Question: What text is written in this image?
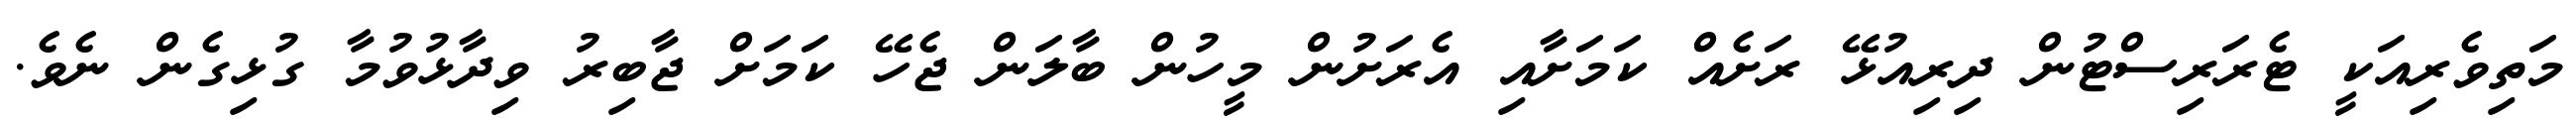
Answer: މަތިވެރިއަކީ ޓެރަރިސްޓުން ދިރިއުޅޭ ރަށެއް ކަމަށާއި އެރަށުން މީހުން ބާލަން ޖެހޭ ކަމަށް ޖާބިރު ވިދާޅުވުމާ ގުޅިގެން ނެވެ.